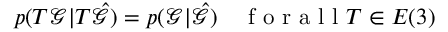
p ( T \mathcal { G } | T \hat { \mathcal { G } } ) = p ( \mathcal { G } | \hat { \mathcal { G } } ) \quad \mathrm { ~ f ~ o ~ r ~ a ~ l ~ l ~ } T \in E ( 3 )